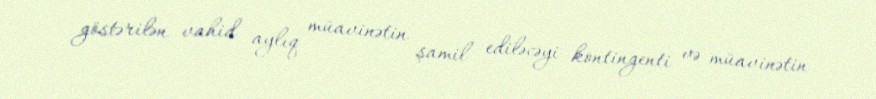
göstərilən vahid aylıq müavinətin şamil ediləcəyi kontingenti və müavinətin